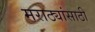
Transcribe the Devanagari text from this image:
मराठ्यांसाठी